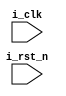
module vlg_design(
	input i_clk,
	input i_rst_n,

    );



endmodule